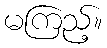
မကြည့်။